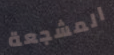
المشجعة